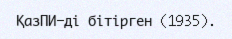
ҚазПИ-ді бітірген (1935).